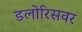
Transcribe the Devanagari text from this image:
डलोरिसवर